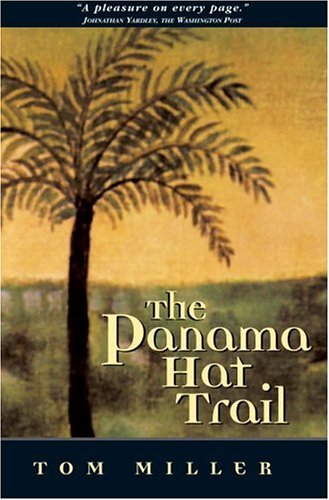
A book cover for The Panama Hat Trail; Tom Miller; Travel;